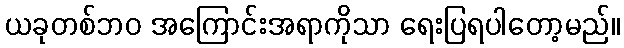
ယခုတစ်ဘဝ အကြောင်းအရာကိုသာ ရေးပြရပါတော့မည်။